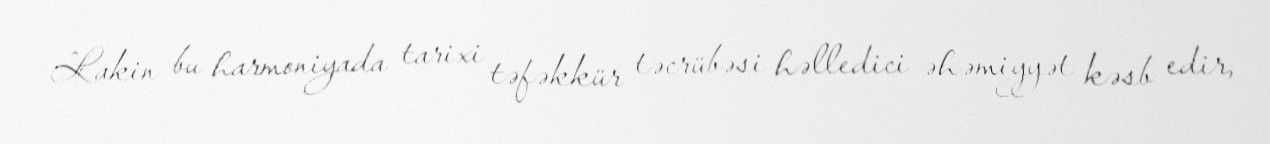
Lakin bu harmoniyada tarixi təfəkkür təcrübəsi həlledici əhəmiyyət kəsb edir,